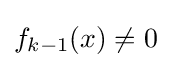
f_{k-1}(x)\neq 0